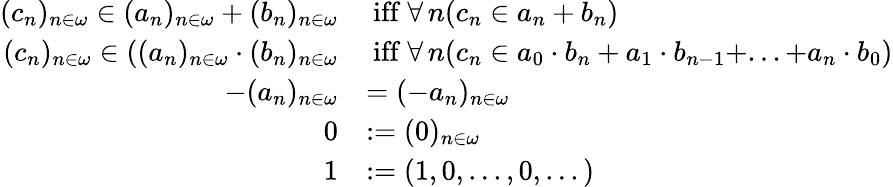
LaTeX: \begin{array}{rl}{(c_{n})_{n\in\omega}\in(a_{n})_{n\in\omega}+(b_{n})_{n\in\omega}}&{\mathrm{~iff~}\forall\, n(c_{n}\in a_{n}+b_{n})}\\ {(c_{n})_{n\in\omega}\in((a_{n})_{n\in\omega}\cdot(b_{n})_{n\in\omega}}&{\mathrm{~iff~}\forall\, n(c_{n}\in a_{0}\cdot b_{n}+a_{1}\cdot b_{n-1}+...+a_{n}\cdot b_{0})}\\ {-(a_{n})_{n\in\omega}}&{=(-a_{n})_{n\in\omega}}\\ {0}&{:=(0)_{n\in\omega}}\\ {1}&{:=(1,0,...,0,...)}\end{array}